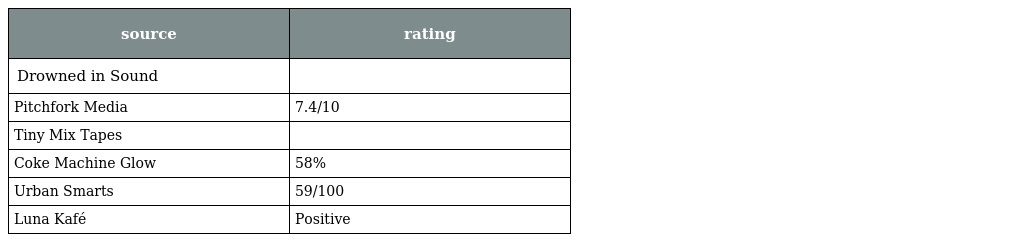
| source | rating |
 | --- | --- |
 | Drowned in Sound |  |
 | Pitchfork Media | 7.4/10 |
 | Tiny Mix Tapes |  |
 | Coke Machine Glow | 58% |
 | Urban Smarts | 59/100 |
 | Luna Kafé | Positive |